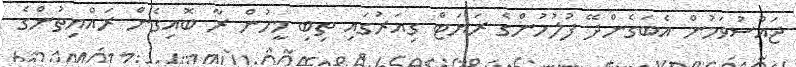
ޖައްސުވަމުން އެބަގެންދޭ ފުލުހުންގެ ރަޔަޓް ގިއަރުގައި ތިބި މީހުން ރާ ބޮއިގެން ރައްޔިތުންގެ